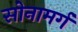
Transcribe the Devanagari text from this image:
सोनामर्ग